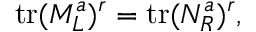
\mathrm { t r } ( M _ { L } ^ { a } ) ^ { r } = \mathrm { t r } ( N _ { R } ^ { a } ) ^ { r } ,